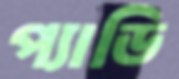
প্যাডি